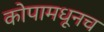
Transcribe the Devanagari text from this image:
कोपामधूनच